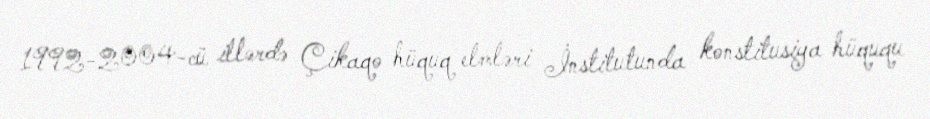
1992-2004-cü illərdə Çikaqo hüquq elmləri İnstitutunda konstitusiya hüququ